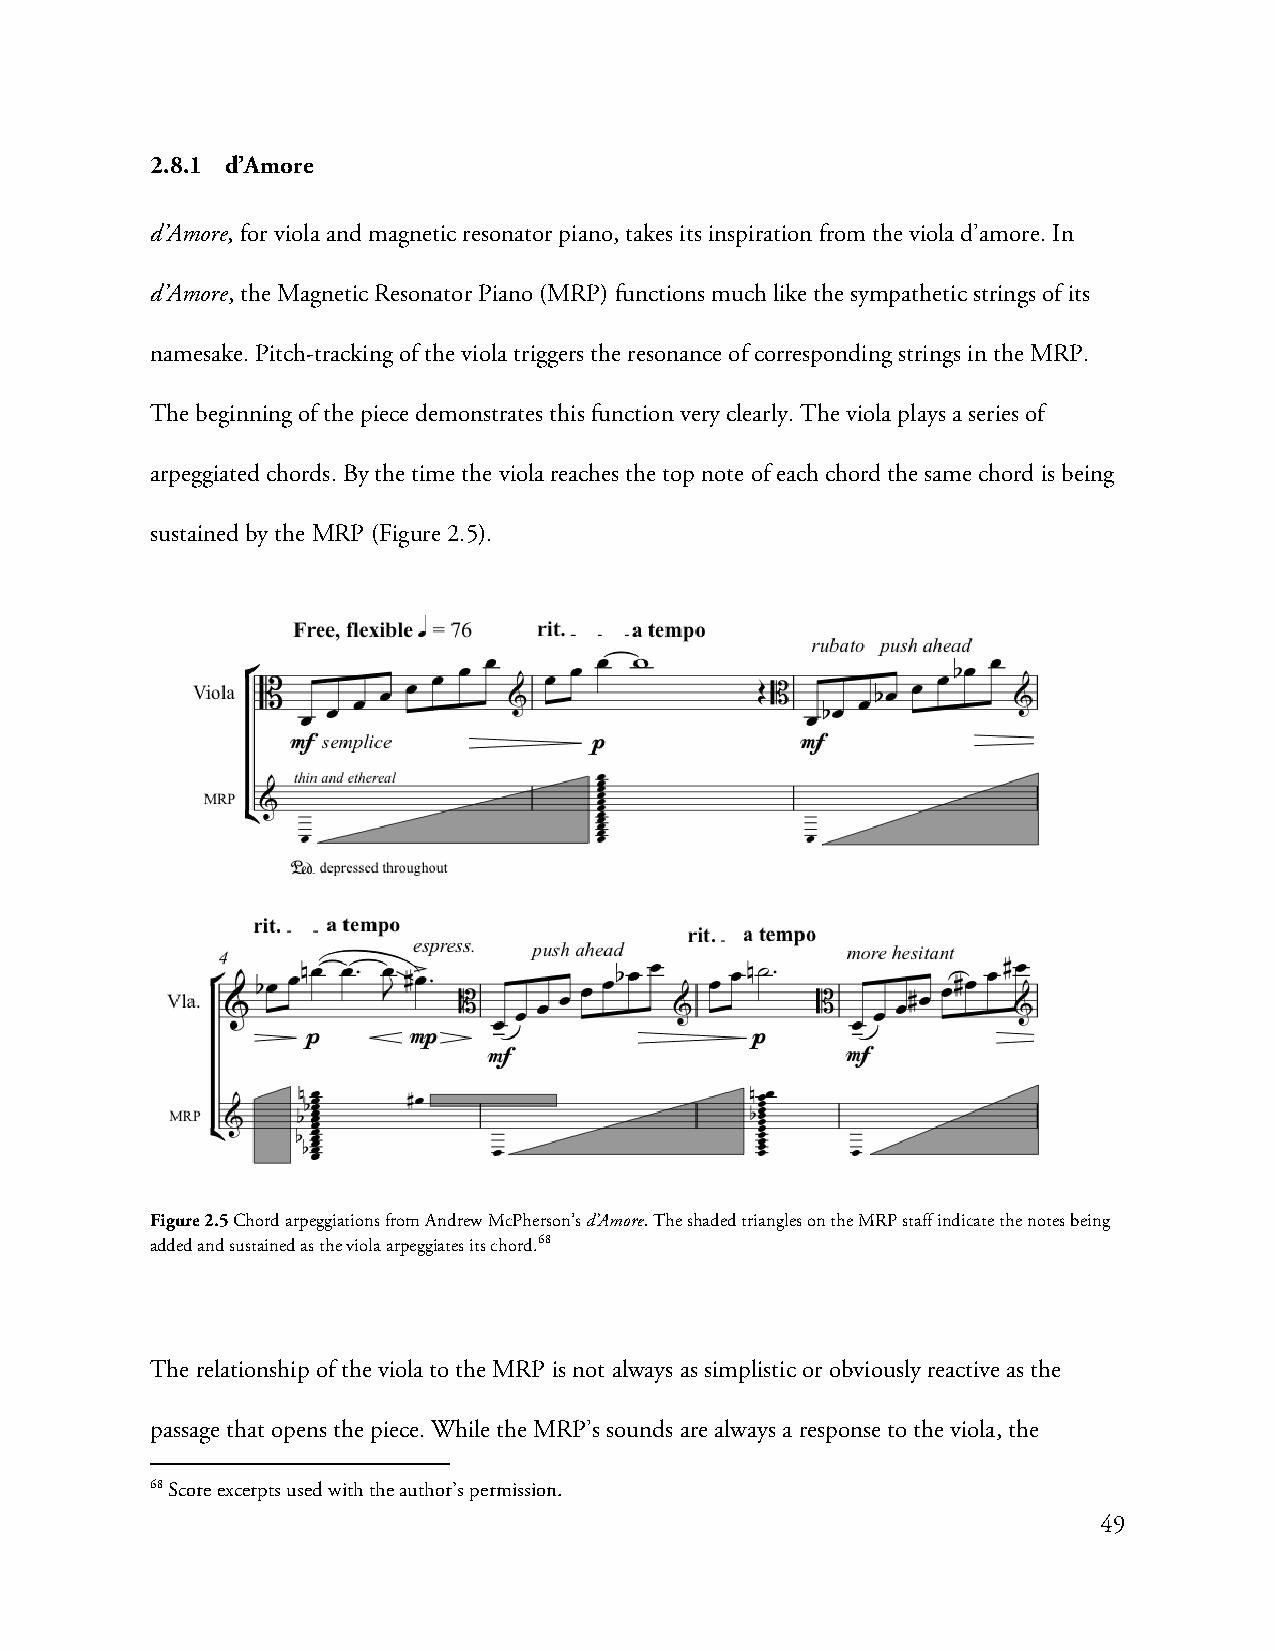
2.8.1 d’Amore
 d’Amore, for viola and magnetic resonator piano, takes its inspiration from the viola d’amore. In
 d’Amore, the Magnetic Resonator Piano (MRP) functions much like the sympathetic strings of its
 namesake. Pitch-tracking of the viola triggers the resonance of corresponding strings in the MRP.
 The beginning of the piece demonstrates this function very clearly. The viola plays a series of
 arpeggiated chords. By the time the viola reaches the top note of each chord the same chord is being
 sustained by the MRP (Figure 2.5).
 Figure 2.5 Chord arpeggiations from Andrew McPherson’s d’Amore. The shaded triangles on the MRP staff indicate the notes being
 added and sustained as the viola arpeggiates its chord.68
 The relationship of the viola to the MRP is not always as simplistic or obviously reactive as the
 passage that opens the piece. While the MRP’s sounds are always a response to the viola, the
 68 Score excerpts used with the author’s permission.
 49